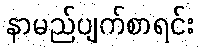
နာမည်ပျက်စာရင်း